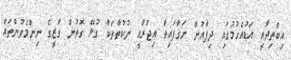
އިބްތިދާއީ އަޑުއެހުމުގައި ދިފާއުން ނަގާފައިވާ އިޖުރާއީ ނުކުތާތަކާ ގުޅޭ ގޮތުން ގާޒީގެ ނިންމެވުންތައް